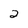
Character: 2